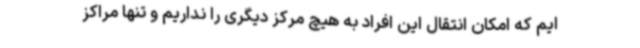
ایم که امکان انتقال این افراد به هیچ مرکز دیگری را نداریم و تنها مراکز